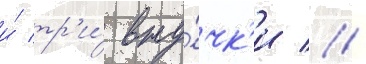
и́ тр'и́ вну́чк'и //